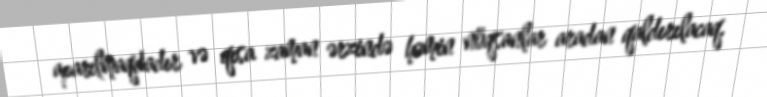
aparılmaqdadır və qısa zaman ərzində həmin nöqsanlar aradan qaldırılacaq.